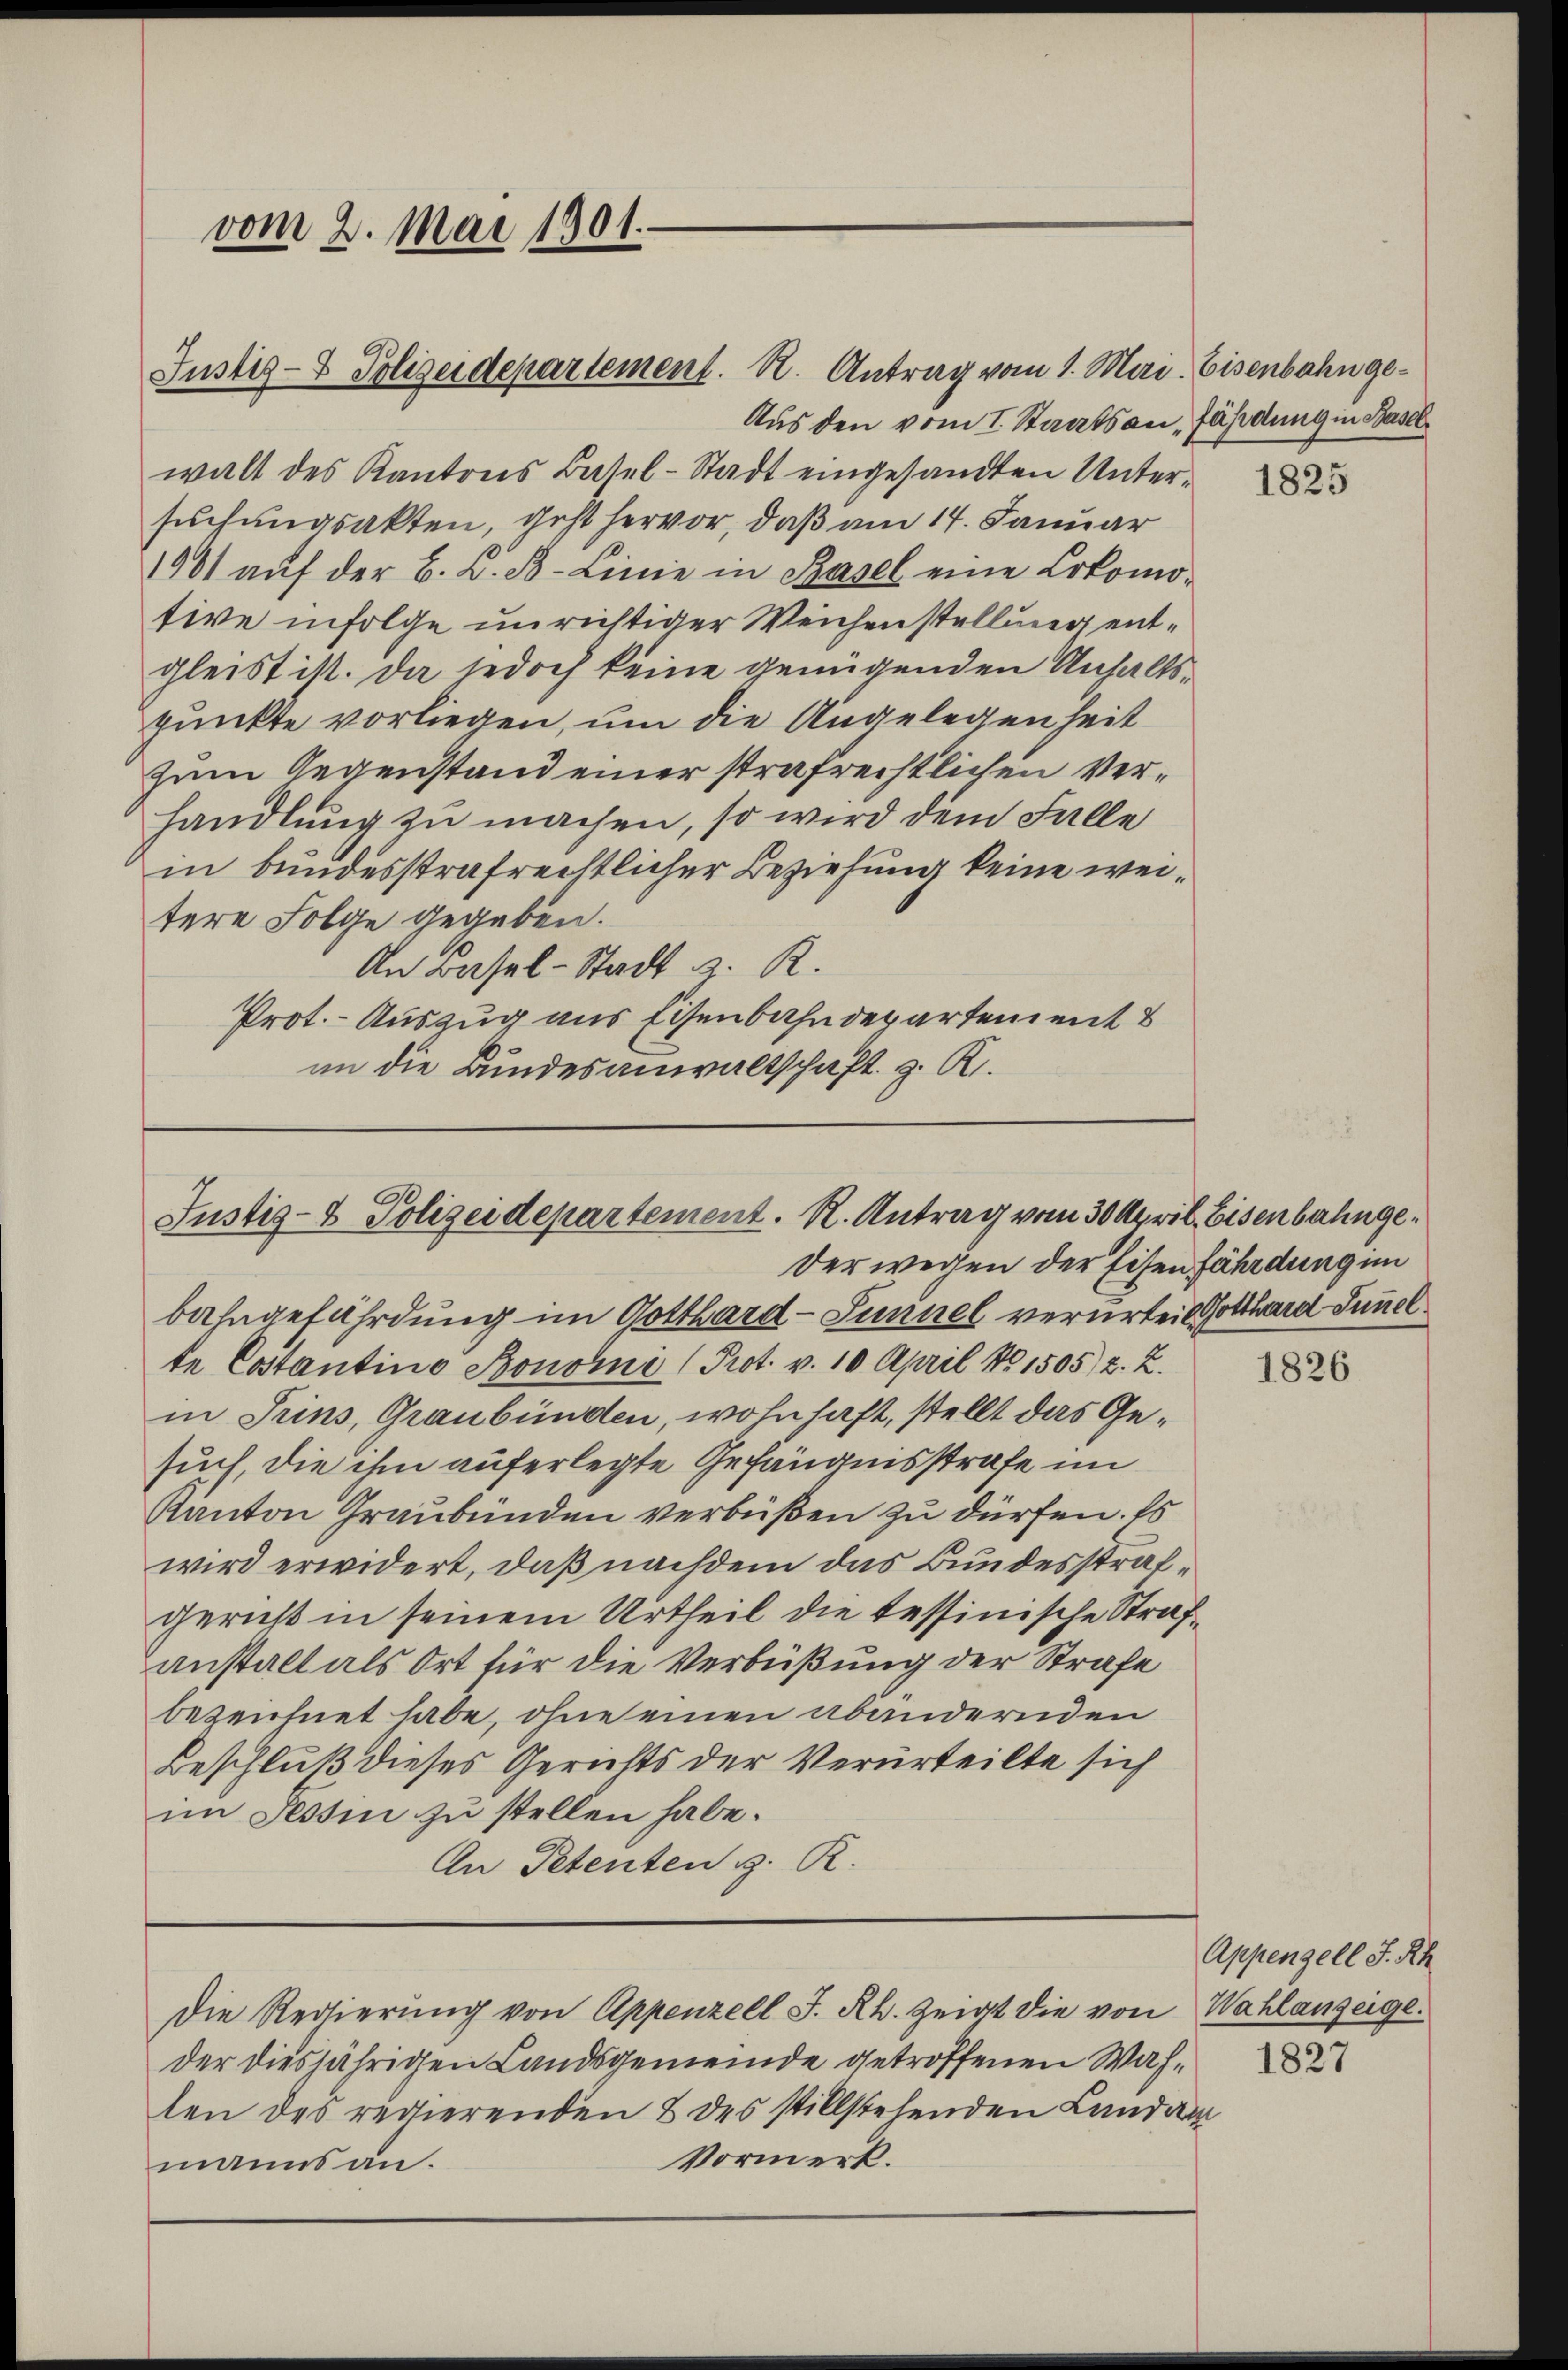
vom 2. Mai 1901.

Justiz- & Polizeidepartement. R. Antrag vom 1. Mai Eisenbahnge¬
Aus den vom I. Staatsan , fährdung in Baselwalt des Kantons Basel-Stadt eingesandten Untersuchungsakten, geht hervor, daß am 14. Januar
1901 aŭf der B. L. B. Linie in Basel eine Lokomotive infolge unrichtiger Weichenstellung entgleist ist. Da jedoch keine genügenden Anhaltspunkte vorliegen, um die Angelegenheit
zum Gegenstand einer strafrechtlichen Verhandlung zu machen, so wird dem Falle
in bundesstrafrechtlicher Beziehung keine weitere Folge gegeben.
An Basel-Stadt z. R.
Prot. - Auszug aus Eisenbahndepartement
an die Bundesanwaltschaft z. R.

Justiz- & Polizeidepartement. R. Antrag vom 30 April. Eisenbahnge¬
Der wegen der Eisen fährdungen
bahngefährdung im Gotthard-Sunnel verurteil Gotthard Sunnel

Die Regierŭng von Appenzell I. Rh. Zeigt die von Wahlanzeige

te Costantino Bonomo (Prot. v. 10 April No 1505/2. 2.
in Trins, Graubünden, wohnhaft, stellt das Gesuch, die ihm auferlegte Gefängnisstrafe im
Kanton Graubünden verbüßen zu dürfen. Es
wird erwidert, daß nachdem das Bundesstrafgericht in seinem Urtheil die tessinische Strafanstalt als Ort für die Verbüßung der Strafe
bezeichnet habe, ohne einen abändernden
Beschluß dieses Gerichts der Verurteilte sich
im Tessin zu stellen habe.
An Petenten d. R.

der diesjährigen Landsgemeinde getroffenen Wahlen des regierenden 8 des stillstehenden Landam
Vormerk.
manns an.

1825

1826

Appenzell I.Rh.
1827